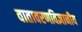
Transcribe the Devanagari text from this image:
वातावरणविज्ञानीय